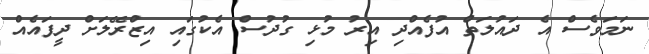
ނަމަވެސް އެ ދައުލަތް އުފެއްދި އިރު މުޅި ގުދުސް އެކުގައި އިޒްރޭލަށް ދީފައެއް